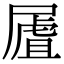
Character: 𡳆